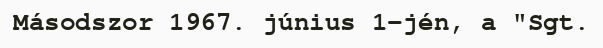
Másodszor 1967. június 1-jén, a "Sgt.